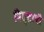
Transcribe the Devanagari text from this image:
वित्ताची